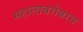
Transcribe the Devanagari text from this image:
महालाबरोबरच